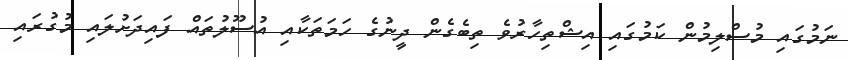
ނަމުގައި މުސްލިމުން ކަމުގައި އިޝްތިހާރުވެ ތިބެގެން ދީނުގެ ހަމަތަކާއި އުސޫލުތައް ފައިދަށުލައި މުގުރައި